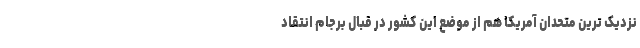
نزدیک ترین متحدان آمریکا هم از موضع این کشور در قبال برجام انتقاد